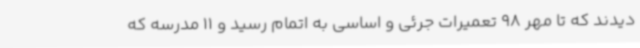
دیدند که تا مهر 98 تعمیرات جرئی و اساسی به اتمام رسید و 11 مدرسه که